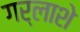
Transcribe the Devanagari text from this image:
गर्लाशे